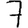
Digit: 7